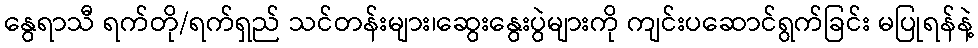
နွေရာသီ ရက်တို/ရက်ရှည် သင်တန်းများ၊ဆွေးနွေးပွဲများကို ကျင်းပဆောင်ရွက်ခြင်း မပြုရန်နဲ့